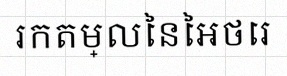
រកតម្លៃនៃអថេរ